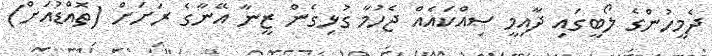
ދެމީހުންގެ ލޯބީގައި ދާއިމީ ސިއްކައެއް ޖެހުމާ ގުޅިގެން ޒީނާ އޭނާގެ ރަށަށް (ތޮއްޑުއަށް)